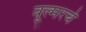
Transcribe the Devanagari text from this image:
वूल्मरचे